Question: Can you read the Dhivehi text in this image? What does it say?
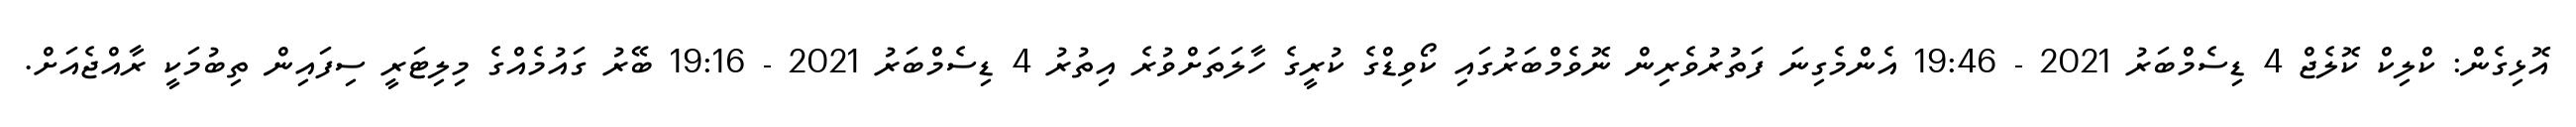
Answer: އޮޅިގެން: ކްލިކް ކޮލެޖް 4 ޑިސެމްބަރު 2021 - 19:46 އެންމެގިނަ ފަތުރުވެރިން ނޮވެމްބަރުގައި ކޯވިޑްގެ ކުރީގެ ހާލަތަށްވުރެ އިތުރު 4 ޑިސެމްބަރު 2021 - 19:16 ބޭރު ގައުމެއްގެ މިލިޓަރީ ސިފައިން ތިބުމަކީ ރާއްޖެއަށް.